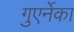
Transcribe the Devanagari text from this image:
गुएर्नेका